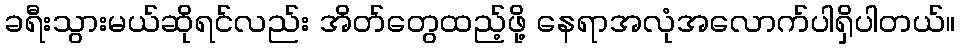
ခရီးသွားမယ်ဆိုရင်လည်း အိတ်တွေထည့်ဖို့ နေရာအလုံအလောက်ပါရှိပါတယ်။